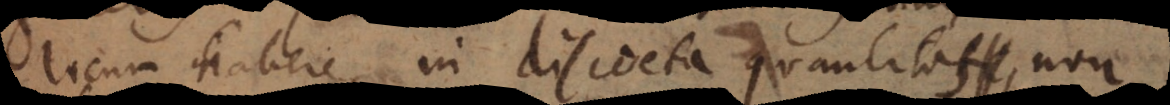
locum habere, in [discretis] quantitas non